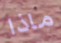
ماذا